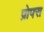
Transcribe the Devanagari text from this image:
प्रोपस